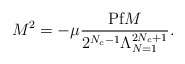
\begin{align*}M^{2} = -\mu \frac{\mbox{Pf}M}{2^{N_{c}-1}\Lambda_{N=1}^{2N_{c}+1}}.\end{align*}